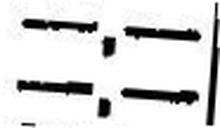
—.—